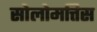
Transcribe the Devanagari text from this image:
सोलोमत्तिस